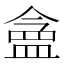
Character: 𬐪